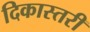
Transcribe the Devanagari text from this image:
दिकास्तरी